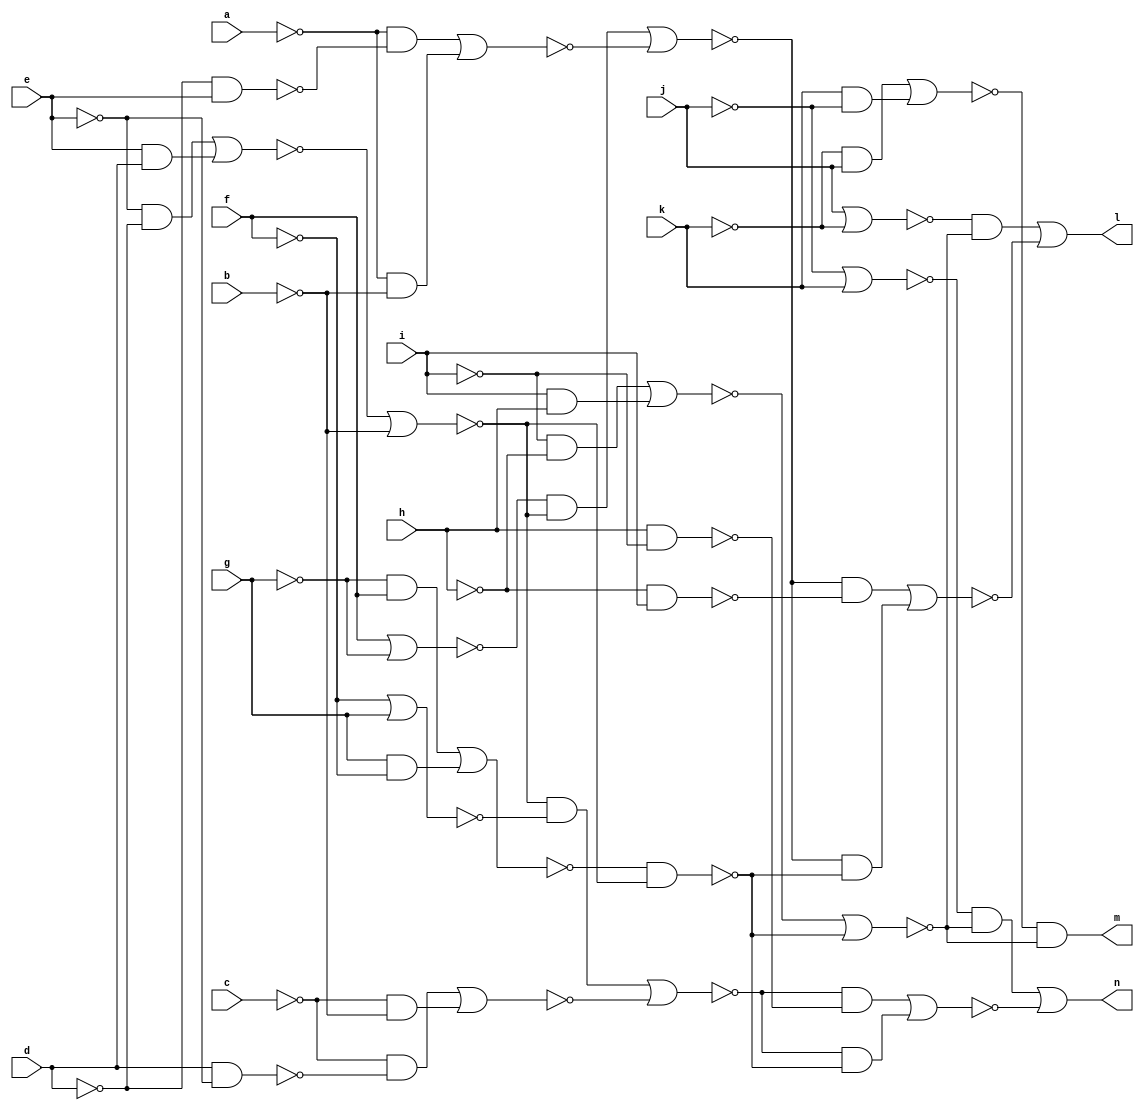
// IWLS benchmark module "CM85" printed on Wed May 29 16:31:28 2002
module CM85(a, b, c, d, e, f, g, h, i, j, k, l, m, n);
input
  a,
  b,
  c,
  d,
  e,
  f,
  g,
  h,
  i,
  j,
  k;
output
  l,
  m,
  n;
wire
  d0,
  e0,
  q0,
  f0,
  g0,
  h0,
  \[0] ,
  t0,
  i0,
  \[1] ,
  u0,
  j0,
  \[2] ,
  u,
  v,
  w,
  \x ,
  v0,
  k0,
  w0,
  l0,
  a0,
  m0,
  n0;
assign
  d0 = f | ~g,
  e0 = ~f | g,
  q0 = (~i & ~h) | (i & h),
  f0 = ~a0 | ~b,
  g0 = (~g & f) | (g & ~f),
  h0 = ~g0 & ~f0,
  \[0]  = (~t0 & ~v0) | ~n0,
  t0 = j | ~k,
  i0 = (~f0 & ~e0) | ~v,
  \[1]  = ~w0 & ~v0,
  l = \[0] ,
  m = \[1] ,
  n = \[2] ,
  u0 = ~j | k,
  j0 = (~d0 & ~f0) | ~\x ,
  \[2]  = (~u0 & ~v0) | ~l0,
  u = d & ~e,
  v = (~c & ~u) | (~c & ~b),
  w = ~d & e,
  \x  = (~a & ~w) | (~a & ~b),
  v0 = ~q0 | ~h0,
  k0 = h & ~i,
  w0 = (~k & j) | (k & ~j),
  l0 = (~i0 & ~k0) | (~i0 & ~h0),
  a0 = (~e & ~d) | (e & d),
  m0 = ~h & i,
  n0 = (~j0 & ~m0) | (~j0 & ~h0);
endmodule